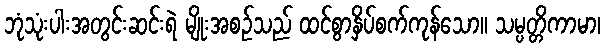
ဘုံသုံးပါးအတွင်းဆင်းရဲ မျိုးအစဉ်သည် ထင်စွာနှိပ်စက်ကုန်သော။ သမ္ပတ္တိကာမာ၊